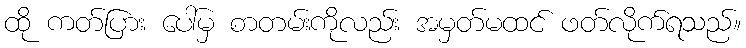
ထို ကတ်ပြား ပေါ်မှ စာတမ်းကိုလည်း အမှတ်မထင် ဖတ်လိုက်ရသည်။